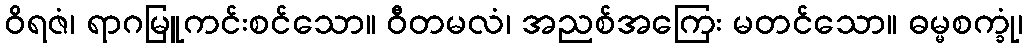
ဝိရဇံ၊ ရာဂမြူကင်းစင်သော။ ဝီတမလံ၊ အညစ်အကြေး မတင်သော။ ဓမ္မစက္ခုံ၊